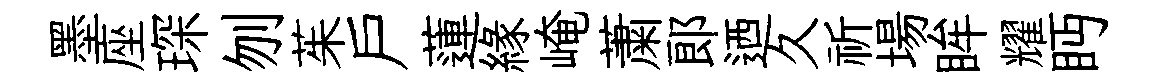
墨座琛刎茱戸蓮緣崦䔥郎迺久祈場眸耀眄